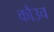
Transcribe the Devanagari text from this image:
कौउच